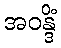
အဝန္ဒိံ